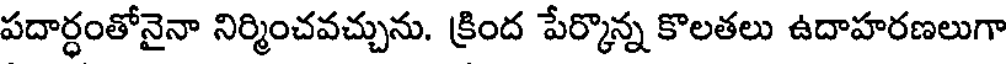
పదార్ధంతోనైనా నిర్మించవచ్చును. క్రింద పేర్కొన్న కొలతలు ఉదాహరణలుగా